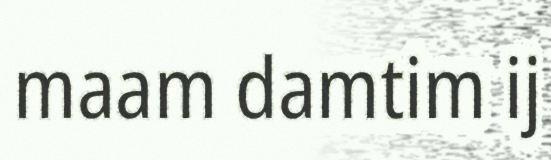
maam damtim ij